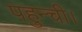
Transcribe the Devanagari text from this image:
पहुन्ची।